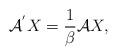
LaTeX: \begin{align*}\mathcal{A}^{^{\prime }}X=\frac{1}{\beta }\mathcal{A}X, \end{align*}